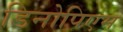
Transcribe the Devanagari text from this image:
डिनोपिएम